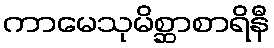
ကာမေသုမိစ္ဆာစာရိနီ